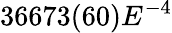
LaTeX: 36673(60)E^{-4}